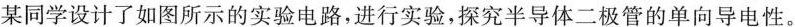
某同学设计了如图所示的实验电路，进行实验，探究半导体二极管的单向导电性。